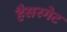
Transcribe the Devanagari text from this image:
हैसरगेट